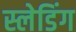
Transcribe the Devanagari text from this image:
स्लेडिंग